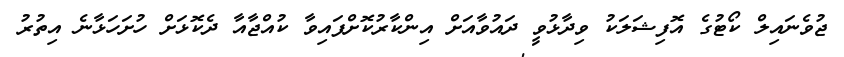
ޖުވެނައިލް ކޯޓުގެ އޮފިޝަލަކު ވިދާޅުވީ ދައުވާއަށް އިންކާރުކޮށްފައިވާ ކުއްޖާއާ ދެކޮޅަށް ހުށަހަޅާނެ އިތުރު